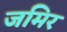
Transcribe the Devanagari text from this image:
जमिर